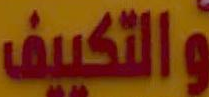
والتكييف